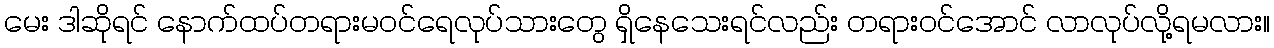
မေး ဒါဆိုရင် နောက်ထပ်တရားမဝင်ရေလုပ်သားတွေ ရှိနေသေးရင်လည်း တရားဝင်အောင် လာလုပ်လို့ရမလား။